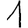
Digit: 1